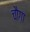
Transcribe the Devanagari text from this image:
चौग़ा